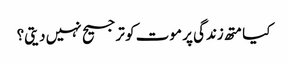
کیا متھ زندگی پر موت کو ترجیح نہیں دیتی؟